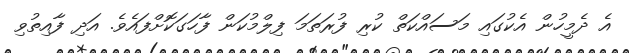
އެ ދެމީހުން އެކުގައި މަސައްކަތް ކުރި ފުރަތަމަ ފިލްމުކަން ފާހަގަކޮށްފައެވެ. އަދި ފާއިތުވި